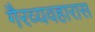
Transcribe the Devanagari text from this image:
गैरव्यवहारास